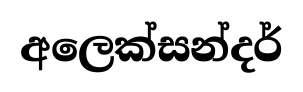
අලෙක්සන්දර්